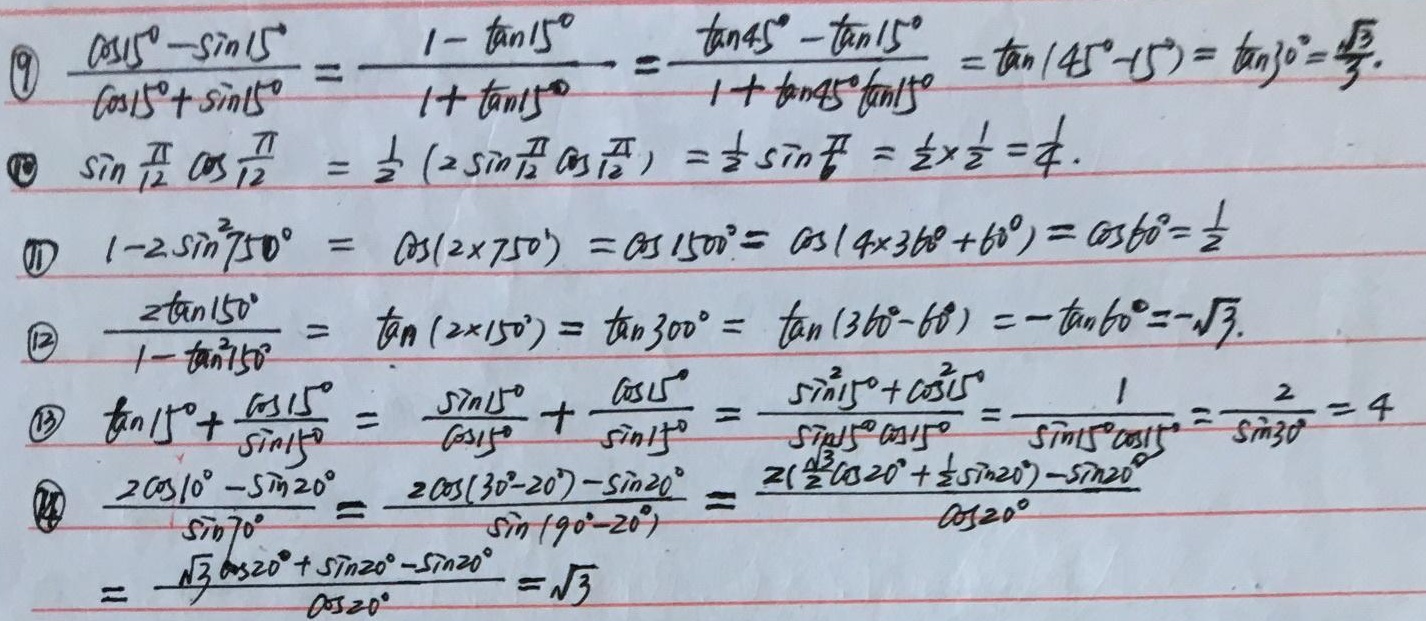
\(\textcircled{9}\)
\[
\begin{align*}
\frac{\cos15^{\circ}-\sin15^{\circ}}{\cos15^{\circ}+\sin15^{\circ}}&=\frac{1 - \tan15^{\circ}}{1+\tan15^{\circ}}\\
&=\frac{\tan45^{\circ}-\tan15^{\circ}}{1+\tan45^{\circ}\tan15^{\circ}}\\
&=\tan(45^{\circ}-15^{\circ})\\
&=\tan30^{\circ}\\
&=\frac{\sqrt{3}}{3}
\end{align*}
\]

\(\textcircled{10}\)
\[
\begin{align*}
\sin\frac{\pi}{12}\cos\frac{\pi}{12}&=\frac{1}{2}(2\sin\frac{\pi}{12}\cos\frac{\pi}{12})\\
&=\frac{1}{2}\sin\frac{\pi}{6}\\
&=\frac{1}{2}\times\frac{1}{2}\\
&=\frac{1}{4}
\end{align*}
\]

\(\textcircled{11}\)
\[
\begin{align*}
1 - 2\sin^{2}750^{\circ}&=\cos(2\times750^{\circ})\\
&=\cos1500^{\circ}\\
&=\cos(4\times360^{\circ}+60^{\circ})\\
&=\cos60^{\circ}\\
&=\frac{1}{2}
\end{align*}
\]

\(\textcircled{12}\)
\[
\begin{align*}
\frac{2\tan150^{\circ}}{1-\tan^{2}150^{\circ}}&=\tan(2\times150^{\circ})\\
&=\tan300^{\circ}\\
&=\tan(360^{\circ}-60^{\circ})\\
&=-\tan60^{\circ}\\
&=-\sqrt{3}
\end{align*}
\]

\(\textcircled{13}\)
\[
\begin{align*}
\tan15^{\circ}+\frac{\cos15^{\circ}}{\sin15^{\circ}}&=\frac{\sin15^{\circ}}{\cos15^{\circ}}+\frac{\cos15^{\circ}}{\sin15^{\circ}}\\
&=\frac{\sin^{2}15^{\circ}+\cos^{2}15^{\circ}}{\sin15^{\circ}\cos15^{\circ}}\\
&=\frac{1}{\sin15^{\circ}\cos15^{\circ}}\\
&=\frac{2}{\sin30^{\circ}}\\
&=4
\end{align*}
\]

\(\textcircled{14}\)
\[
\begin{align*}
\frac{2\cos10^{\circ}-\sin20^{\circ}}{\sin70^{\circ}}&=\frac{2\cos(30^{\circ}-20^{\circ})-\sin20^{\circ}}{\sin(90^{\circ}-20^{\circ})}\\
&=\frac{2(\frac{\sqrt{3}}{2}\cos20^{\circ}+\frac{1}{2}\sin20^{\circ})-\sin20^{\circ}}{\cos20^{\circ}}\\
&=\frac{\sqrt{3}\cos20^{\circ}+\sin20^{\circ}-\sin20^{\circ}}{\cos20^{\circ}}\\
&=\sqrt{3}
\end{align*}
\]